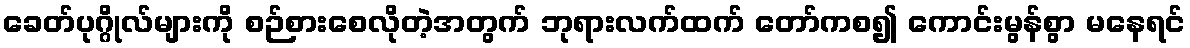
ခေတ်ပုဂ္ဂိုလ်များကို စဉ်စားစေလိုတဲ့အတွက် ဘုရားလက်ထက် တော်ကစ၍ ကောင်းမွန်စွာ မနေရင်